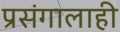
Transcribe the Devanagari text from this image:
प्रसंगालाही